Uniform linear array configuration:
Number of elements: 12
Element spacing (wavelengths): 0.75
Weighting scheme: cosine
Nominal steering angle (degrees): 15
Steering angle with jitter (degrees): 14.356
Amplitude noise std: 0.05
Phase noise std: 0.05

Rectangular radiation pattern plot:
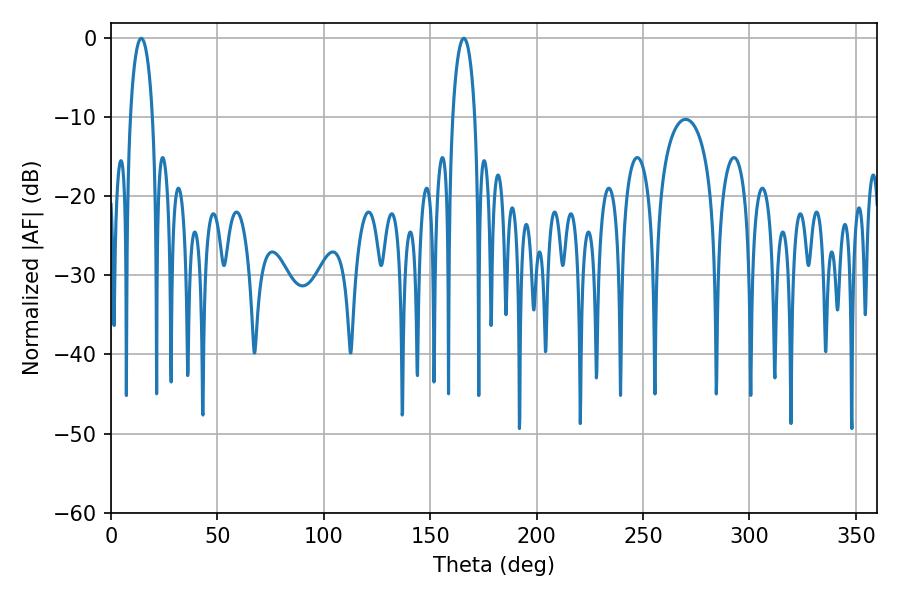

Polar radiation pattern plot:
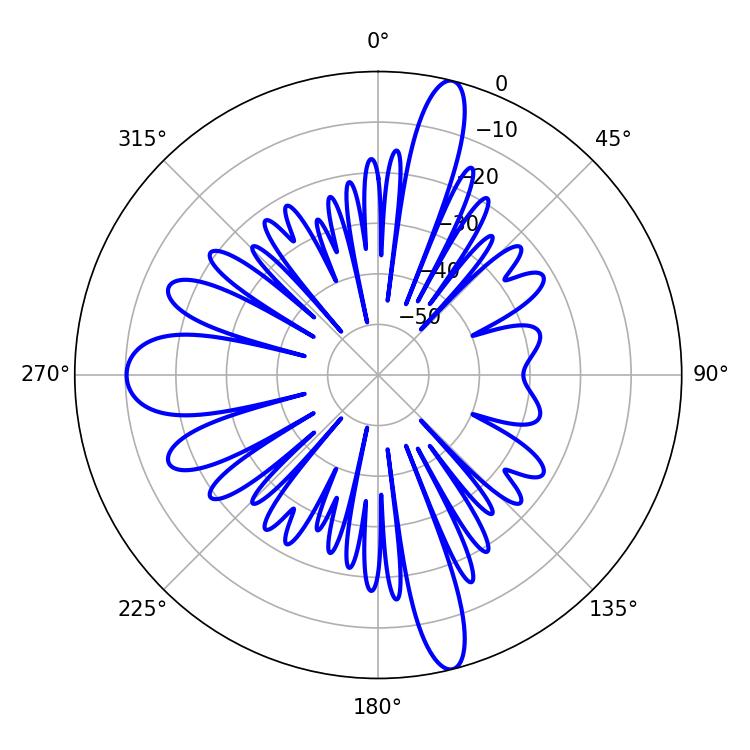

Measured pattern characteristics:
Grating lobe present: TRUE
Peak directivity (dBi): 19.177
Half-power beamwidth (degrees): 5.94
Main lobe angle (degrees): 14.22